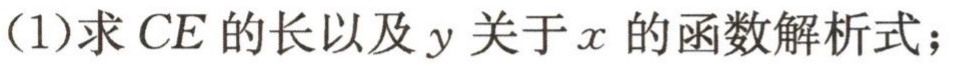
(1)求\(CE\)的长以及\(y\)关于\(x\) 的函数解析式；